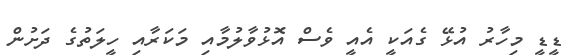
ޑީޑީ މިހާރު އުޅޭ ގެއަކީ އެއީ ވެސް އޮޅުވާލުމާއި މަކަރާއި ހީލަތުގެ ދަށުން